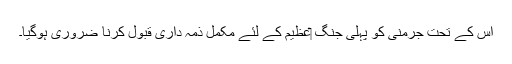
اس کے تحت جرمنی کو پہلی جنگ ‏عظیم کے لئے مکمل ذمہ داری قبول کرنا ضروری ہوگیا۔